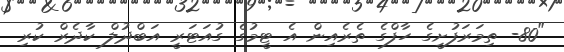
"80- ތިމަރަފުށީގެ ހާފްގެ ތެރެއިން އެ ޓީމުގެ ގުއަޓަރީ އަބްދުލް ކާދެރް ކުރި